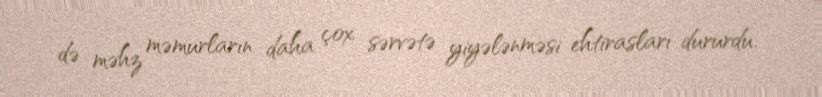
də məhz məmurların daha çox sərvətə yiyələnməsi ehtirasları dururdu.